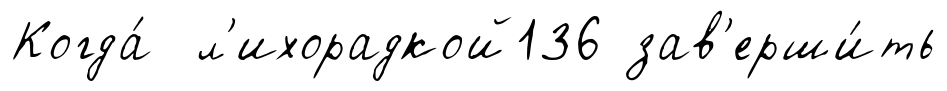
Когда́ л'ихорадкой136 зав'ерши́ть